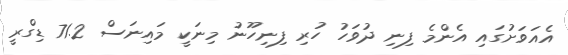
އެއަވަށުގައި އެންމެ ފިނި ދުވަހު ހުރި ފިނިހޫނު މިނަކީ މައިނަސް 71.2 ޑިގްރީ